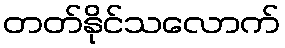
တတ်နိုင်သလောက်